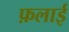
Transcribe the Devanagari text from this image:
फ़लाई